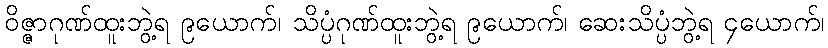
ဝိဇ္ဇာဂုဏ်ထူးဘွဲ့ရ ၉ယောက်၊ သိပ္ပံဂုဏ်ထူးဘွဲ့ရ ၉ယောက်၊ ဆေးသိပ္ပံဘွဲ့ရ ၄ယောက်၊